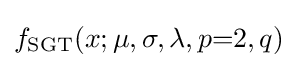
f_{\text{SGT}}(x;\mu ,\sigma ,\lambda ,p{=}2,q)